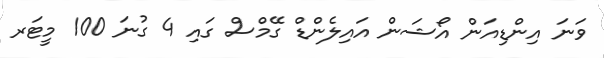
ވަނަ އިންޑިއަން އޯޝަން އައިލެންޑް ގޭމްސް ގައި 4 ގުނަ 100 މީޓަރ